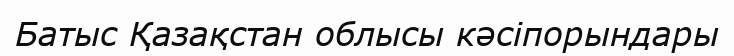
Батыс Қазақстан облысы кәсіпорындары